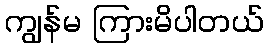
ကျွန်မ ကြားမိပါတယ်